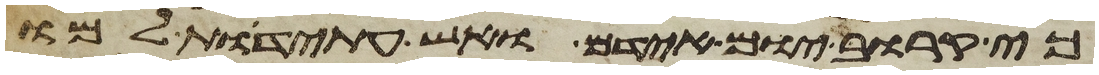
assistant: כי קרוב יום אידם וחש עתידת למו